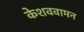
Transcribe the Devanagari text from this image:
केशववामन